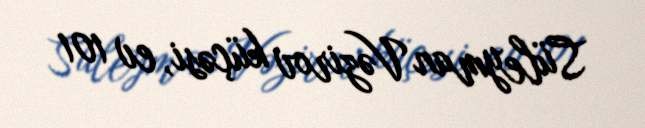
Süleyman Vəzirov küçəsi, ev 101